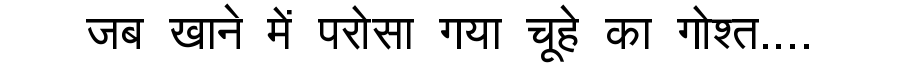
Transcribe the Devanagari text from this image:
जब खाने में परोसा गया चूहे का गोश्त....